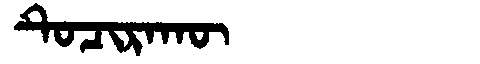
Manchu: ᡨᡠᠴᡳᡵᠠᡴᡡ
Romanization: TUCIRAKŪ